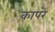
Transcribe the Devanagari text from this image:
कापरे